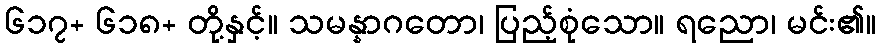
၆၁၇+ ၆၁၈+ တို့နှင့်။ သမန္နာဂတော၊ ပြည့်စုံသော။ ရညော၊ မင်း၏။